Lunatic asylums Madras 1877-1891 - 1877-1891
Year: 1877
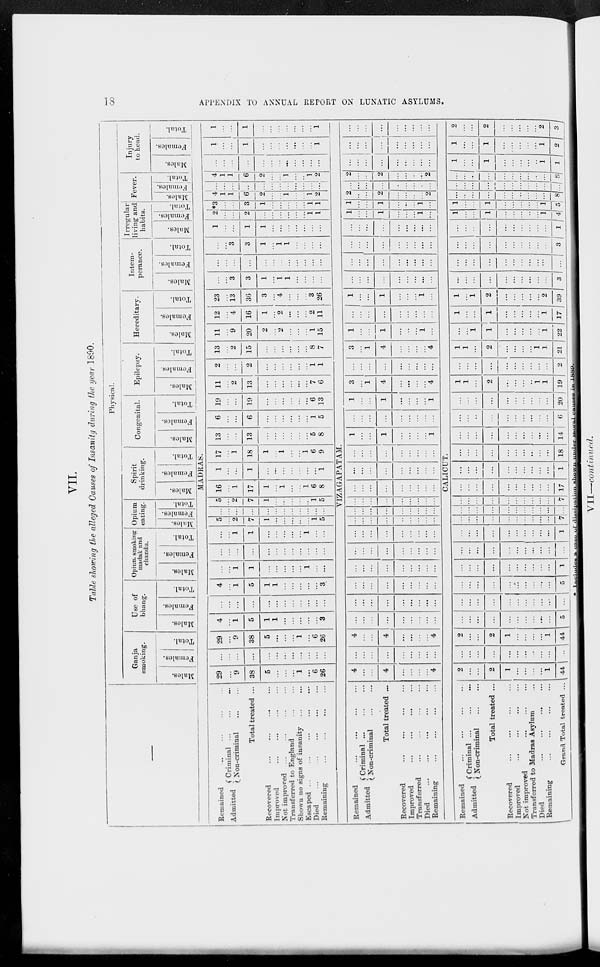
18
APPENDIX TO ANNUAL REPORT ON LUNATIC ASYLUMS.
VII.
Table showing the alleged Causes of Insanity during the year 1890.
—
Remained ... ... ... ...
Admitted
Criminal ... ... ...
Non-criminal ... ...
Total treated ...
Recovered ... ... ... ...
Improved ... ... ... ...
Not improved ... ... ... ...
Transferred to England ... ...
Shown no signs of insanity
...
...
Escaped
...
...
...
...
...
Died ... ... ... ... ... ...
Remaining
...
...
...
...
Remained ... ... ... ...
Admitted
Criminal ... ... ...
Non-criminal ... ...
Total treated ...
Recovered ... ... ... ...
Improved
...
...
...
...
Transferred
...
...
...
...
Died
...
...
...
...
...
Remaining
...
...
...
...
Remained ... ... ... ...
Admitted
Criminal
...
...
...
Non-cnminal
...
...
Total treated ...
Recovered ... ... ... ...
Improved
...
...
...
...
Not improved ... ... ...
Transferred to Madras Asylum ...
Died
...
...
...
...
Remaining ... ... ... ...
Grand Total treated ...
Physical.
Ganja
smoking.
Males.
Females.
Total.
Use of
bhang.
Males.
Females.
Total.
Opium smoking
madak and
chandu.
Males.
Females.
Total.
Opium
eating.
Males.
Females.
Total.
Spirit
drinking.
Males.
Females.
Total.
Congenital.
Males.
Females.
Total.
Epilepsy.
Males.
Females.
Total.
Hereditary.
Males.
Females.
Total.
Intem-
perance.
Males.
Females.
Total.
Irregular
living and
habits.
Males.
Females.
Total.
Fever.
Males.
Females.
Total.
Injury
to head.
Males.
Females.
Total.
MADRAS.
29
...
9
38
5
...
...
...
1
...
6
26
...
...
...
...
...
...
...
...
...
...
...
...
29
...
9
38
5
...
...
...
1
...
6
26
4
...
1
5
1
1
...
...
...
...
...
3
...
...
...
...
...
...
...
...
...
...
...
...
4
...
1
5
1
1
...
...
...
...
...
3
...
...
1
1
...
...
...
...
...
1
...
...
...
...
...
...
...
...
...
...
...
...
...
...
...
...
1
1
...
...
...
...
...
1
...
...
5
...
2
7
1
...
...
...
...
...
1
5
...
...
...
...
...
...
...
...
...
...
...
...
5
...
2
7
1
...
...
...
...
...
1
5
16
...
1
17
1
...
1
...
...
1
6
8
1
...
...
1
...
...
...
...
...
...
...
1
17
...
1
18
1
...
1
...
...
1
6
9
13
...
...
13
...
...
...
...
...
...
5
8
6
...
...
6
...
...
...
...
...
...
1
5
19
...
...
19
...
...
...
...
...
...
6
13
11
...
2
13
...
...
...
...
...
...
7
6
2
...
...
2
...
...
...
...
...
...
1
1
13
...
2
15
...
...
...
...
...
...
8
7
11
...
9
20
2
...
2
...
...
...
1
15
12
...
4
16
1
...
2
...
...
...
2
11
23
...
13
36
3
...
4
...
...
3
26
...
...
3
3
1
...
1
1
...
...
...
...
...
...
...
...
...
...
...
...
...
...
...
...
...
...
3
3
1
...
1
1
...
...
...
...
1
...
...
1
1
...
...
...
...
...
...
...
2
...
...
2
...
...
...
...
...
...
1
1
*3
...
3
1
...
...
...
...
...
1
1
4
1
1
6
2
...
...
1
...
...
1
2
...
...
...
...
...
...
...
...
...
...
...
...
4
1
1
6
2
...
...
1
...
..
1
2
...
...
...
...
...
...
...
...
...
...
...
...
1
...
...
1
...
...
...
...
...
...
...
1
1
...
...
1
...
...
...
...
...
...
...
1
VIZAGAPATAM.
4
...
...
4
...
...
...
...
4
...
...
...
...
...
...
...
...
...
4
...
...
4
...
...
...
...
4
...
...
...
..
...
...
...
...
...
...
...
...
...
...
...
...
...
...
...
...
...
...
...
...
...
...
...
...
...
...
...
...
...
...
...
...
...
...
...
...
...
...
...
...
...
...
...
...
...
...
...
...
...
...
...
...
...
...
...
...
...
...
...
...
...
...
...
...
...
...
...
...
...
...
...
...
...
...
...
...
...
...
...
...
...
...
...
...
...
...
...
...
...
...
...
...
...
...
...
...
...
...
...
...
...
...
...
...
1
...
...
1
...
...
...
...
1
...
...
...
...
...
...
...
...
...
1
...
...
1
...
...
...
...
1
3
...
1
4
...
...
...
...
4
...
...
...
...
...
...
...
...
...
3
1
4
...
...
...
...
4
1
...
...
1
...
...
...
1
...
...
...
...
...
...
...
...
...
...
1
...
...
1
...
...
...
1
...
...
...
...
...
...
...
...
...
...
...
...
...
...
...
...
...
...
...
...
...
...
...
...
...
...
...
...
...
...
...
...
...
...
...
...
...
1
...
...
1
...
...
...
1
...
1
...
...
1
...
...
...
1
...
2
...
...
2
...
...
...
...
2
...
...
...
...
...
...
...
...
...
2
..
2
...
...
...
...
2
...
...
...
...
...
...
...
...
...
...
...
...
...
...
...
...
...
...
...
...
...
...
...
...
...
...
...
CALICUT.
2
...
...
2
1
...
...
...
...
1
44
...
...
...
...
...
...
...
...
...
...
...
2
...
...
2
1
...
...
...
...
1
44
...
...
...
...
...
...
...
...
...
...
5
...
...
...
...
...
...
...
...
...
...
...
...
...
...
...
...
...
...
...
...
...
5
...
...
...
...
...
...
...
...
...
...
1
...
...
...
...
...
...
...
...
...
...
...
...
...
...
...
...
...
...
...
...
...
1
...
...
...
...
...
...
...
...
...
...
7
...
...
...
...
...
...
...
...
...
...
...
...
...
...
...
...
...
...
...
...
...
7
...
...
...
...
...
...
...
...
...
...
17
...
...
...
...
...
...
...
...
...
...
1
...
...
...
...
...
...
...
...
...
...
18
...
...
...
...
...
...
...
...
...
...
14
...
...
..
...
...
...
...
...
...
...
6
...
...
...
...
...
...
...
...
...
...
20
1
1
...
2
...
...
...
...
1
1
19
...
...
...
...
...
...
...
...
...
...
2
1
1
...
2
...
...
...
1
1
21
...
...
1
1
...
...
...
...
...
1
22
1
...
...
1
...
...
...
...
...
1
17
1
...
1
2
...
...
...
...
...
2
39
...
...
...
...
...
...
...
...
...
...
3
...
...
...
...
...
...
...
...
...
...
...
...
...
...
...
...
...
...
...
...
...
3
...
...
..
...
...
...
...
...
...
...
1
1
...
...
1
...
...
...
...
...
1
4
1
...
...
1
...
...
...
...
...
1
5
...
...
...
...
...
...
...
...
...
...
8
...
...
...
...
...
...
...
...
...
...
...
...
...
...
...
...
...
...
...
..
...
8
1
...
...
1
...
...
...
..
1
1
1
...
...
1
...
...
...
...
...
1
2
2
...
...
2
...
...
...
...
...
2
3
*
Includes
a
case
of
dissination
shown
under
moral
causes
in
1889.